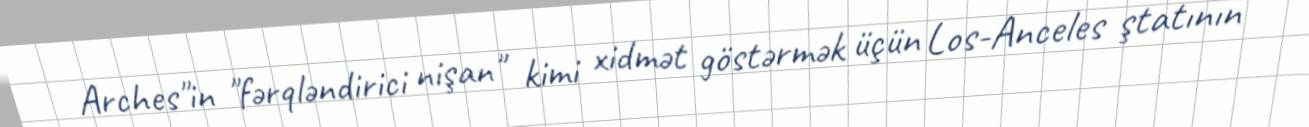
Arches"in "fərqləndirici nişan" kimi xidmət göstərmək üçün Los-Anceles ştatının